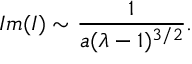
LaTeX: I m ( I ) \sim { \frac { 1 } { a ( \lambda - 1 ) ^ { 3 / 2 } } } .